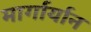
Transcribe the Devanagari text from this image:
मार्गार्यान